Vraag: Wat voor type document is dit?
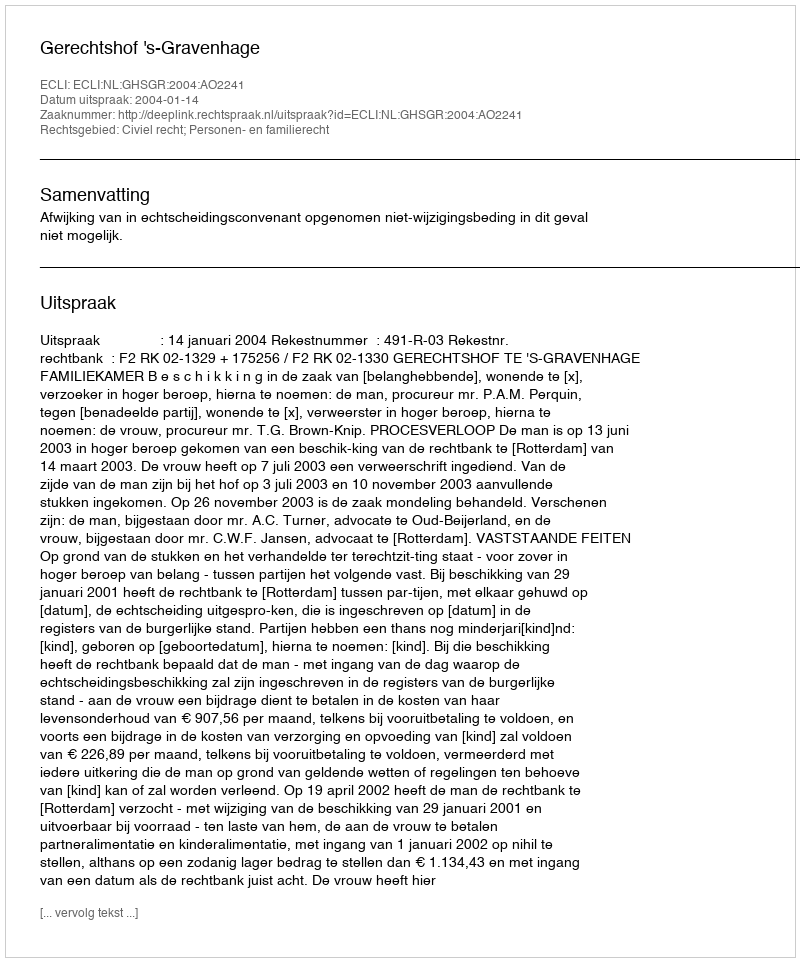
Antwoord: Uitspraak